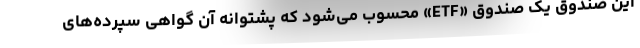
این صندوق یک صندوق «ETF» محسوب می‌شود که پشتوانه آن گواهی سپرده‌های